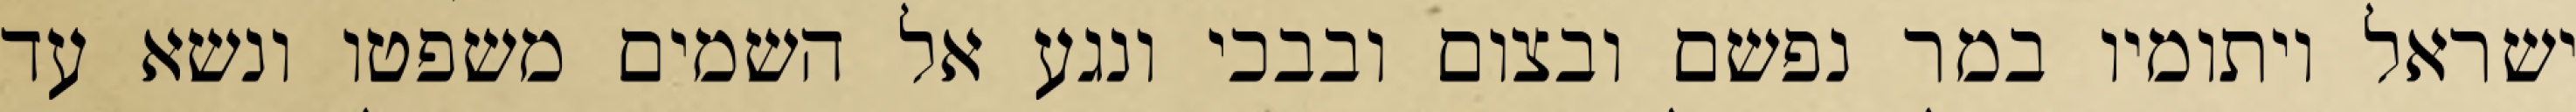
ישראל ויתומיו במר נפשם ובצום ובבכי ונגע אל השמים משפטו ונשא עד